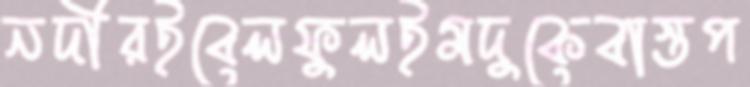
নদীরইবেলফুলইমদুকেবাস্তপ